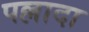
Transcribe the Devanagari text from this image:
पल्लादा